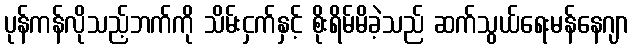
ပုန်ကန်လိုသည့်ဘက်ကို သိမ်းငှက်နှင့် စိုးရိမ်မိခဲ့သည် ဆက်သွယ်ရေးမန်နေဂျာ